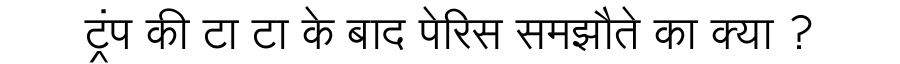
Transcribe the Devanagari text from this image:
ट्रंप की टा टा के बाद पेरिस समझौते का क्या ?